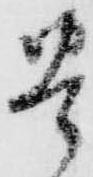
豊